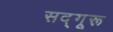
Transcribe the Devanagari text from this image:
सद्गूरू